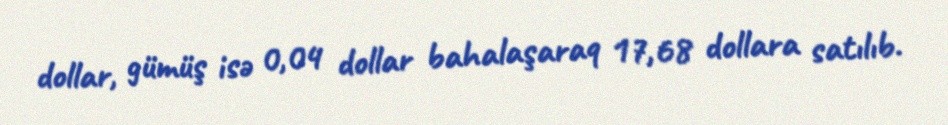
dollar, gümüş isə 0,04 dollar bahalaşaraq 17,68 dollara satılıb.